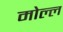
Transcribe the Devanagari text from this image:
मोल्ल